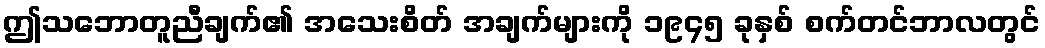
ဤသဘောတူညီချက်၏ အသေးစိတ် အချက်များကို ၁၉၄၅ ခုနှစ် စက်တင်ဘာလတွင်